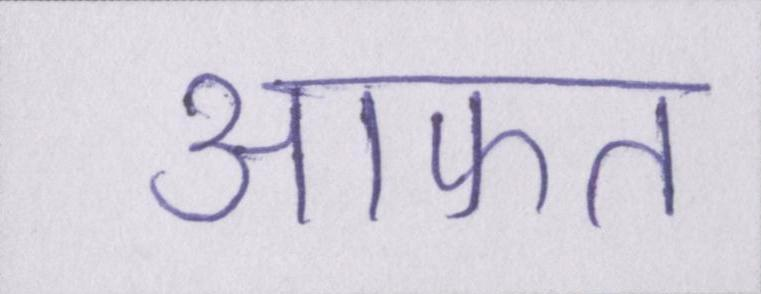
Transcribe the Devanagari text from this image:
आफत